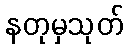
နတုမှသုတ်